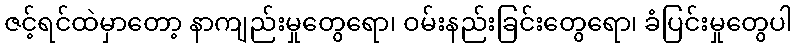
ဇင့်ရင်ထဲမှာတော့ နာကျည်းမှုတွေရော၊ ဝမ်းနည်းခြင်းတွေရော၊ ခံပြင်းမှုတွေပါ